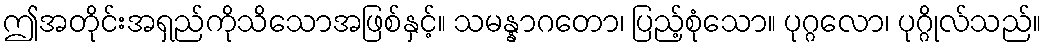
ဤအတိုင်းအရှည်ကိုသိသောအဖြစ်နှင့်။ သမန္နာဂတော၊ ပြည့်စုံသော။ ပုဂ္ဂလော၊ ပုဂ္ဂိုလ်သည်။